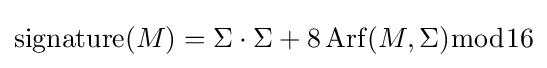
\operatorname {signature} (M)=\Sigma \cdot \Sigma +8\operatorname {Arf} (M,\Sigma ){\bmod {1}}6